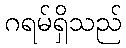
ဂရမ်ရှိသည်